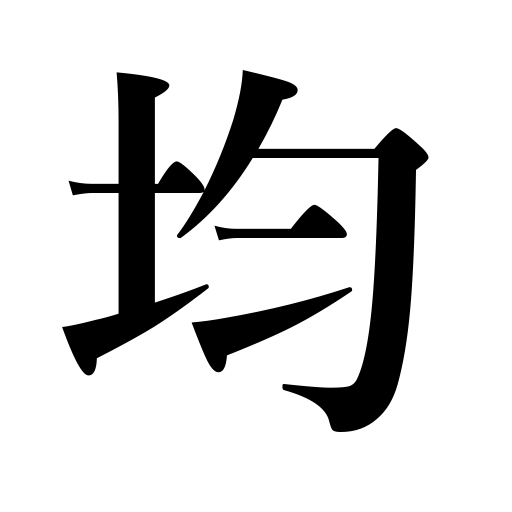
Meanings: to average,to level